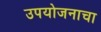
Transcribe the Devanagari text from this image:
उपयोजनाचा